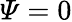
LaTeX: \varPsi=0